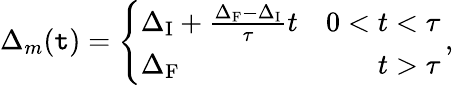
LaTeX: \Delta_{m}(\mathtt{t})=\left\{ \begin{array}{lr}{\Delta_{\mathrm{I}}+\frac{\Delta_{\mathrm{F}}-\Delta_{\mathrm{I}}}{\tau}t}&{0<t<\tau}\\ {\Delta_{\mathrm{F}}}&{t>\tau}\end{array}\right.\, ,